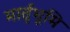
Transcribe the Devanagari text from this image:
मार्तृभूमि